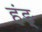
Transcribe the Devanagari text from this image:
हंङ्